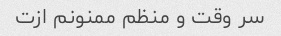
سر وقت و منظم ممنونم ازت